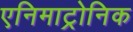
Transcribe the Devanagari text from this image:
एनिमाट्रोनिक